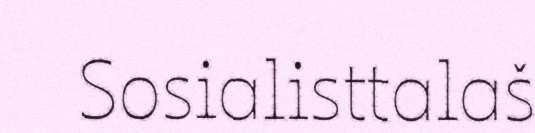
Sosialisttalaš